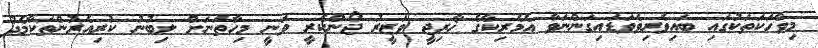
މިވާހަކަތަކުގައި ބައިވެރިވެވަޑައިގަންނަވާ އެމެރިކާގެ ޚާރިޖީ ވަޒީރު ޖޯންކެރީ ވަނީ މިހާތަނަށް ލިބުނު ކުރިއެރުންތަކާމެދު